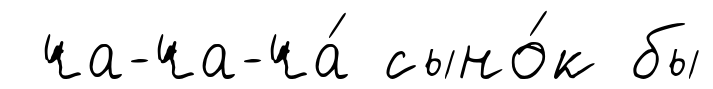
ча-ча-ча́ сыно́к бы